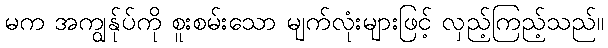
မက အကျွန်ုပ်ကို စူးစမ်းသော မျက်လုံးများဖြင့် လှည့်ကြည့်သည်။